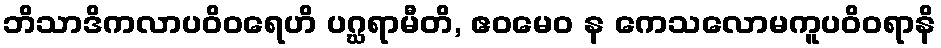
ဘိသာဒိကလာပဝိဝရေဟိ ပဂ္ဃရာမီတိ, ဧဝမေဝ န ကေသလောမကူပဝိဝရာနိ